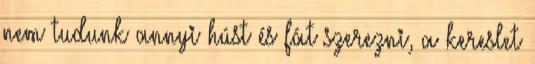
nem tudunk annyi húst és fát szerezni, a kereslet